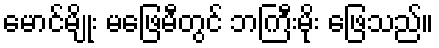
မောင်မျိုး မဖြေမီတွင် ဘကြီးမိုး ဖြေသည်။